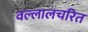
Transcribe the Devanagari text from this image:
वल्लालचरित